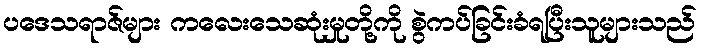
ပဒေသရာဇ်များ ကလေးသေဆုံးမှုတို့ကို စွဲကပ်ခြင်းခံရပြီးသူများသည်